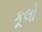
કૂલો